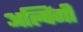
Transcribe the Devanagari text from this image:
अल्पिंगी